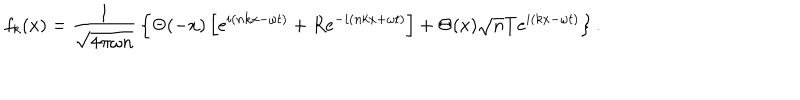
f _ { k } ( x ) = { \frac { 1 } { \sqrt { 4 \pi \omega n } } } \left\{ \Theta ( - x ) \left[ e ^ { i ( n k x - \omega t ) } + R e ^ { - i ( n k x + \omega t ) } \right] + \Theta ( x ) \sqrt { n } T e ^ { i ( k x - \omega t ) } \right\} .